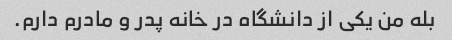
بله من یکی از دانشگاه در خانه پدر و مادرم دارم.